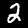
Label: 2